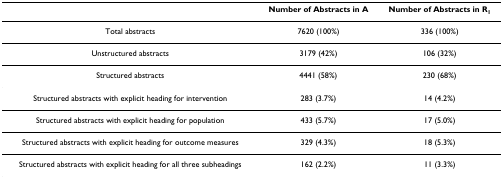
<table><thead><tr><td></td><td><b>Number of Abstracts in A</b></td><td><b>Number of Abstracts in R<sub>1</sub></b></td></tr></thead><tbody><tr><td>Total abstracts</td><td>7620 (100%)</td><td>336 (100%)</td></tr><tr><td>Unstructured abstracts</td><td>3179 (42%)</td><td>106 (32%)</td></tr><tr><td>Structured abstracts</td><td>4441 (58%)</td><td>230 (68%)</td></tr><tr><td>Structured abstracts with explicit heading for intervention</td><td>283 (3.7%)</td><td>14 (4.2%)</td></tr><tr><td>Structured abstracts with explicit heading for population</td><td>433 (5.7%)</td><td>17 (5.0%)</td></tr><tr><td>Structured abstracts with explicit heading for outcome measures</td><td>329 (4.3%)</td><td>18 (5.3%)</td></tr><tr><td>Structured abstracts with explicit heading for all three subheadings</td><td>162 (2.2%)</td><td>11 (3.3%)</td></tr></tbody></table>